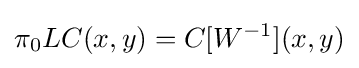
\pi _{0}LC(x,y)=C[W^{-1}](x,y)